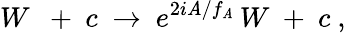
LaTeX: W\ \ +\ c\ \rightarrow\ e^{2i\mathit{A}/f_{\mathit{A}}}\, W\ +\ c\ ,